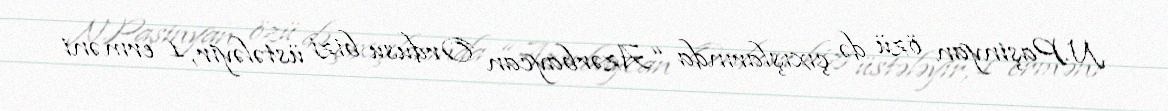
N.Paşinyan özü də çıxışlarında “Azərbaycan Ordusu bizi üstələyir, 1 erməni